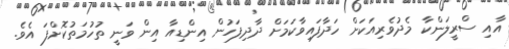
އާއި ސްރީލަންކާ މެދުވެރިއަކަށް ހަދާފައިވާކަމަށް ދާދިފަހުން އިންޑިއާ އިން ވަނީ ތުހުމަތުކޮށްފަ އެވެ.